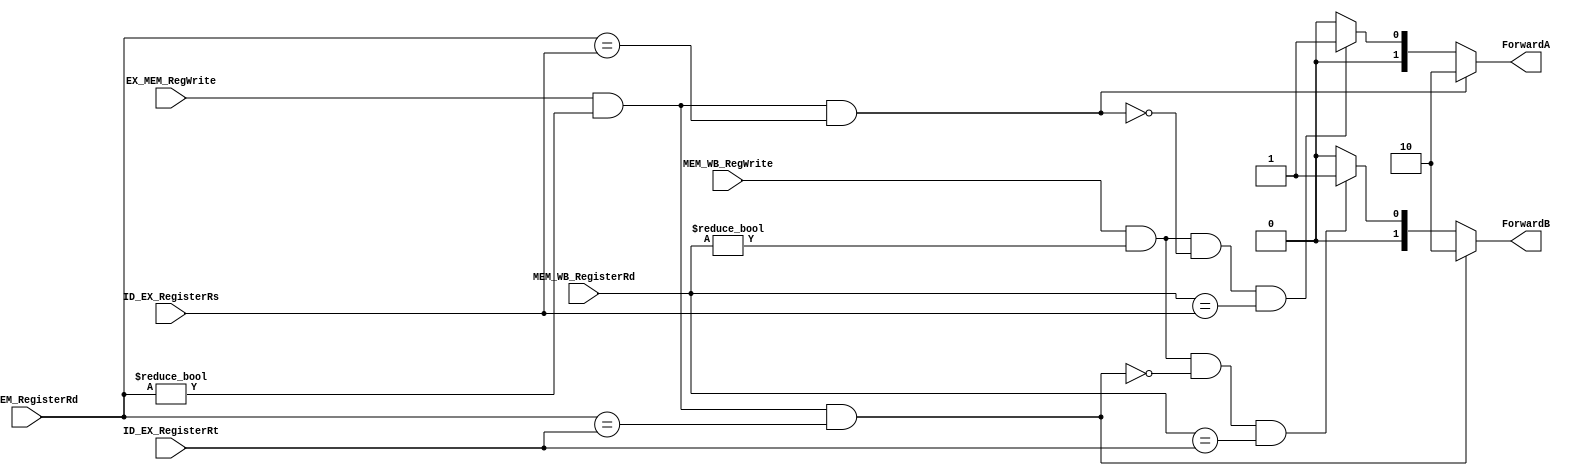


module Forwarding_Unit(ID_EX_RegisterRs, ID_EX_RegisterRt, EX_MEM_RegisterRd,EX_MEM_RegWrite,MEM_WB_RegisterRd,MEM_WB_RegWrite,ForwardA,ForwardB);
input [4:0] ID_EX_RegisterRs, ID_EX_RegisterRt, EX_MEM_RegisterRd,MEM_WB_RegisterRd;
input EX_MEM_RegWrite,MEM_WB_RegWrite;
output reg [1:0] ForwardA, ForwardB ;
    
	 
always @(*) begin
		
	if ((EX_MEM_RegWrite == 1'b1) && (EX_MEM_RegisterRd != 5'b00000) && (EX_MEM_RegisterRd == ID_EX_RegisterRs)) //EX Data Hazard Condition
		begin
			ForwardA = 2'b10;
		end
	else if((MEM_WB_RegWrite == 1'b1) && (MEM_WB_RegisterRd != 5'b00000)&& !((EX_MEM_RegWrite ==1'b1) && (EX_MEM_RegisterRd !=5'b00000) && (EX_MEM_RegisterRd == ID_EX_RegisterRs)) && (MEM_WB_RegisterRd == ID_EX_RegisterRs)) //MEM Data Hazard Condition
		begin
			ForwardA = 2'b01;
		end
	else
	begin
	ForwardA = 2'b00;
	end
	if ((EX_MEM_RegWrite == 1'b1) && (EX_MEM_RegisterRd != 5'b00000) && (EX_MEM_RegisterRd == ID_EX_RegisterRt)) //EX Data Hazard Condition
		begin
			ForwardB = 2'b10;
		end
	
	else if((MEM_WB_RegWrite == 1'b1) && (MEM_WB_RegisterRd != 5'b00000)&& !((EX_MEM_RegWrite == 1'b1) && (EX_MEM_RegisterRd !=5'b00000) && (EX_MEM_RegisterRd == ID_EX_RegisterRt)) && (MEM_WB_RegisterRd == ID_EX_RegisterRt)) //MEM Data Hazard Condition
		begin
			ForwardB = 2'b01;
		end
else
begin
ForwardB = 2'b00;
end		
		

end

endmodule